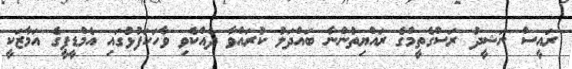
ރައީސް ނަޝީދު ރަސްގެތީމްގެ ރައްޔިތުންނާ ބައްދަލު ކުރައްވާ ދެއްކެވި ވާހަކަފުޅުގައި އެމްޑީޕީގެ އަމާޒަކީ